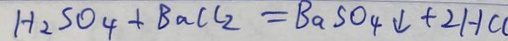
H _ { 2 } S O _ { 4 } + B a C l _ { 2 } = B a S O _ { 4 } \downarrow + 2 H C l